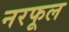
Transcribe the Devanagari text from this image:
नरफूल